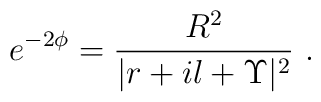
e^{-2\phi} = \frac{R^2}{|r+il+\Upsilon|^2}\  .